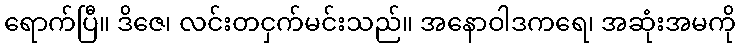
ရောက်ပြီ။ ဒိဇေ၊ လင်းတငှက်မင်းသည်။ အနောဝါဒကရေ၊ အဆုံးအမကို